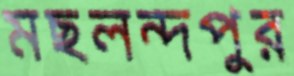
মছলন্দপুর